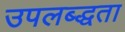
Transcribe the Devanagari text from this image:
उपलब्द्धता